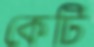
কেটি